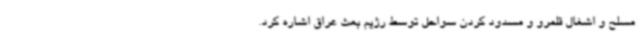
مسلح و اشغال قلمرو و مسدود کردن سواحل توسط رژیم بعث عراق اشاره کرد.